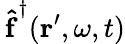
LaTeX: \mathbf{\, \hat{f}}^{\dagger}(\mathbf{r}^{\prime},\omega,t)